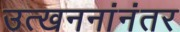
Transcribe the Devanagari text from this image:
उत्खननांनंतर